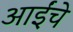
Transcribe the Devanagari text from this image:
आईंचे